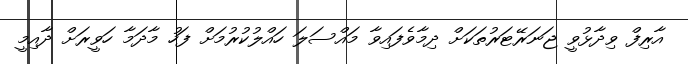
އާރިފް ވިދާޅުވީ ޖަނަރޭޓަރުތަކަށް ދިމާވެފައިވާ މައްސަލަ ހައްލުކުރުމަށް ފަހު މާދަމާ ހަވީރަށް ދާއިމީ